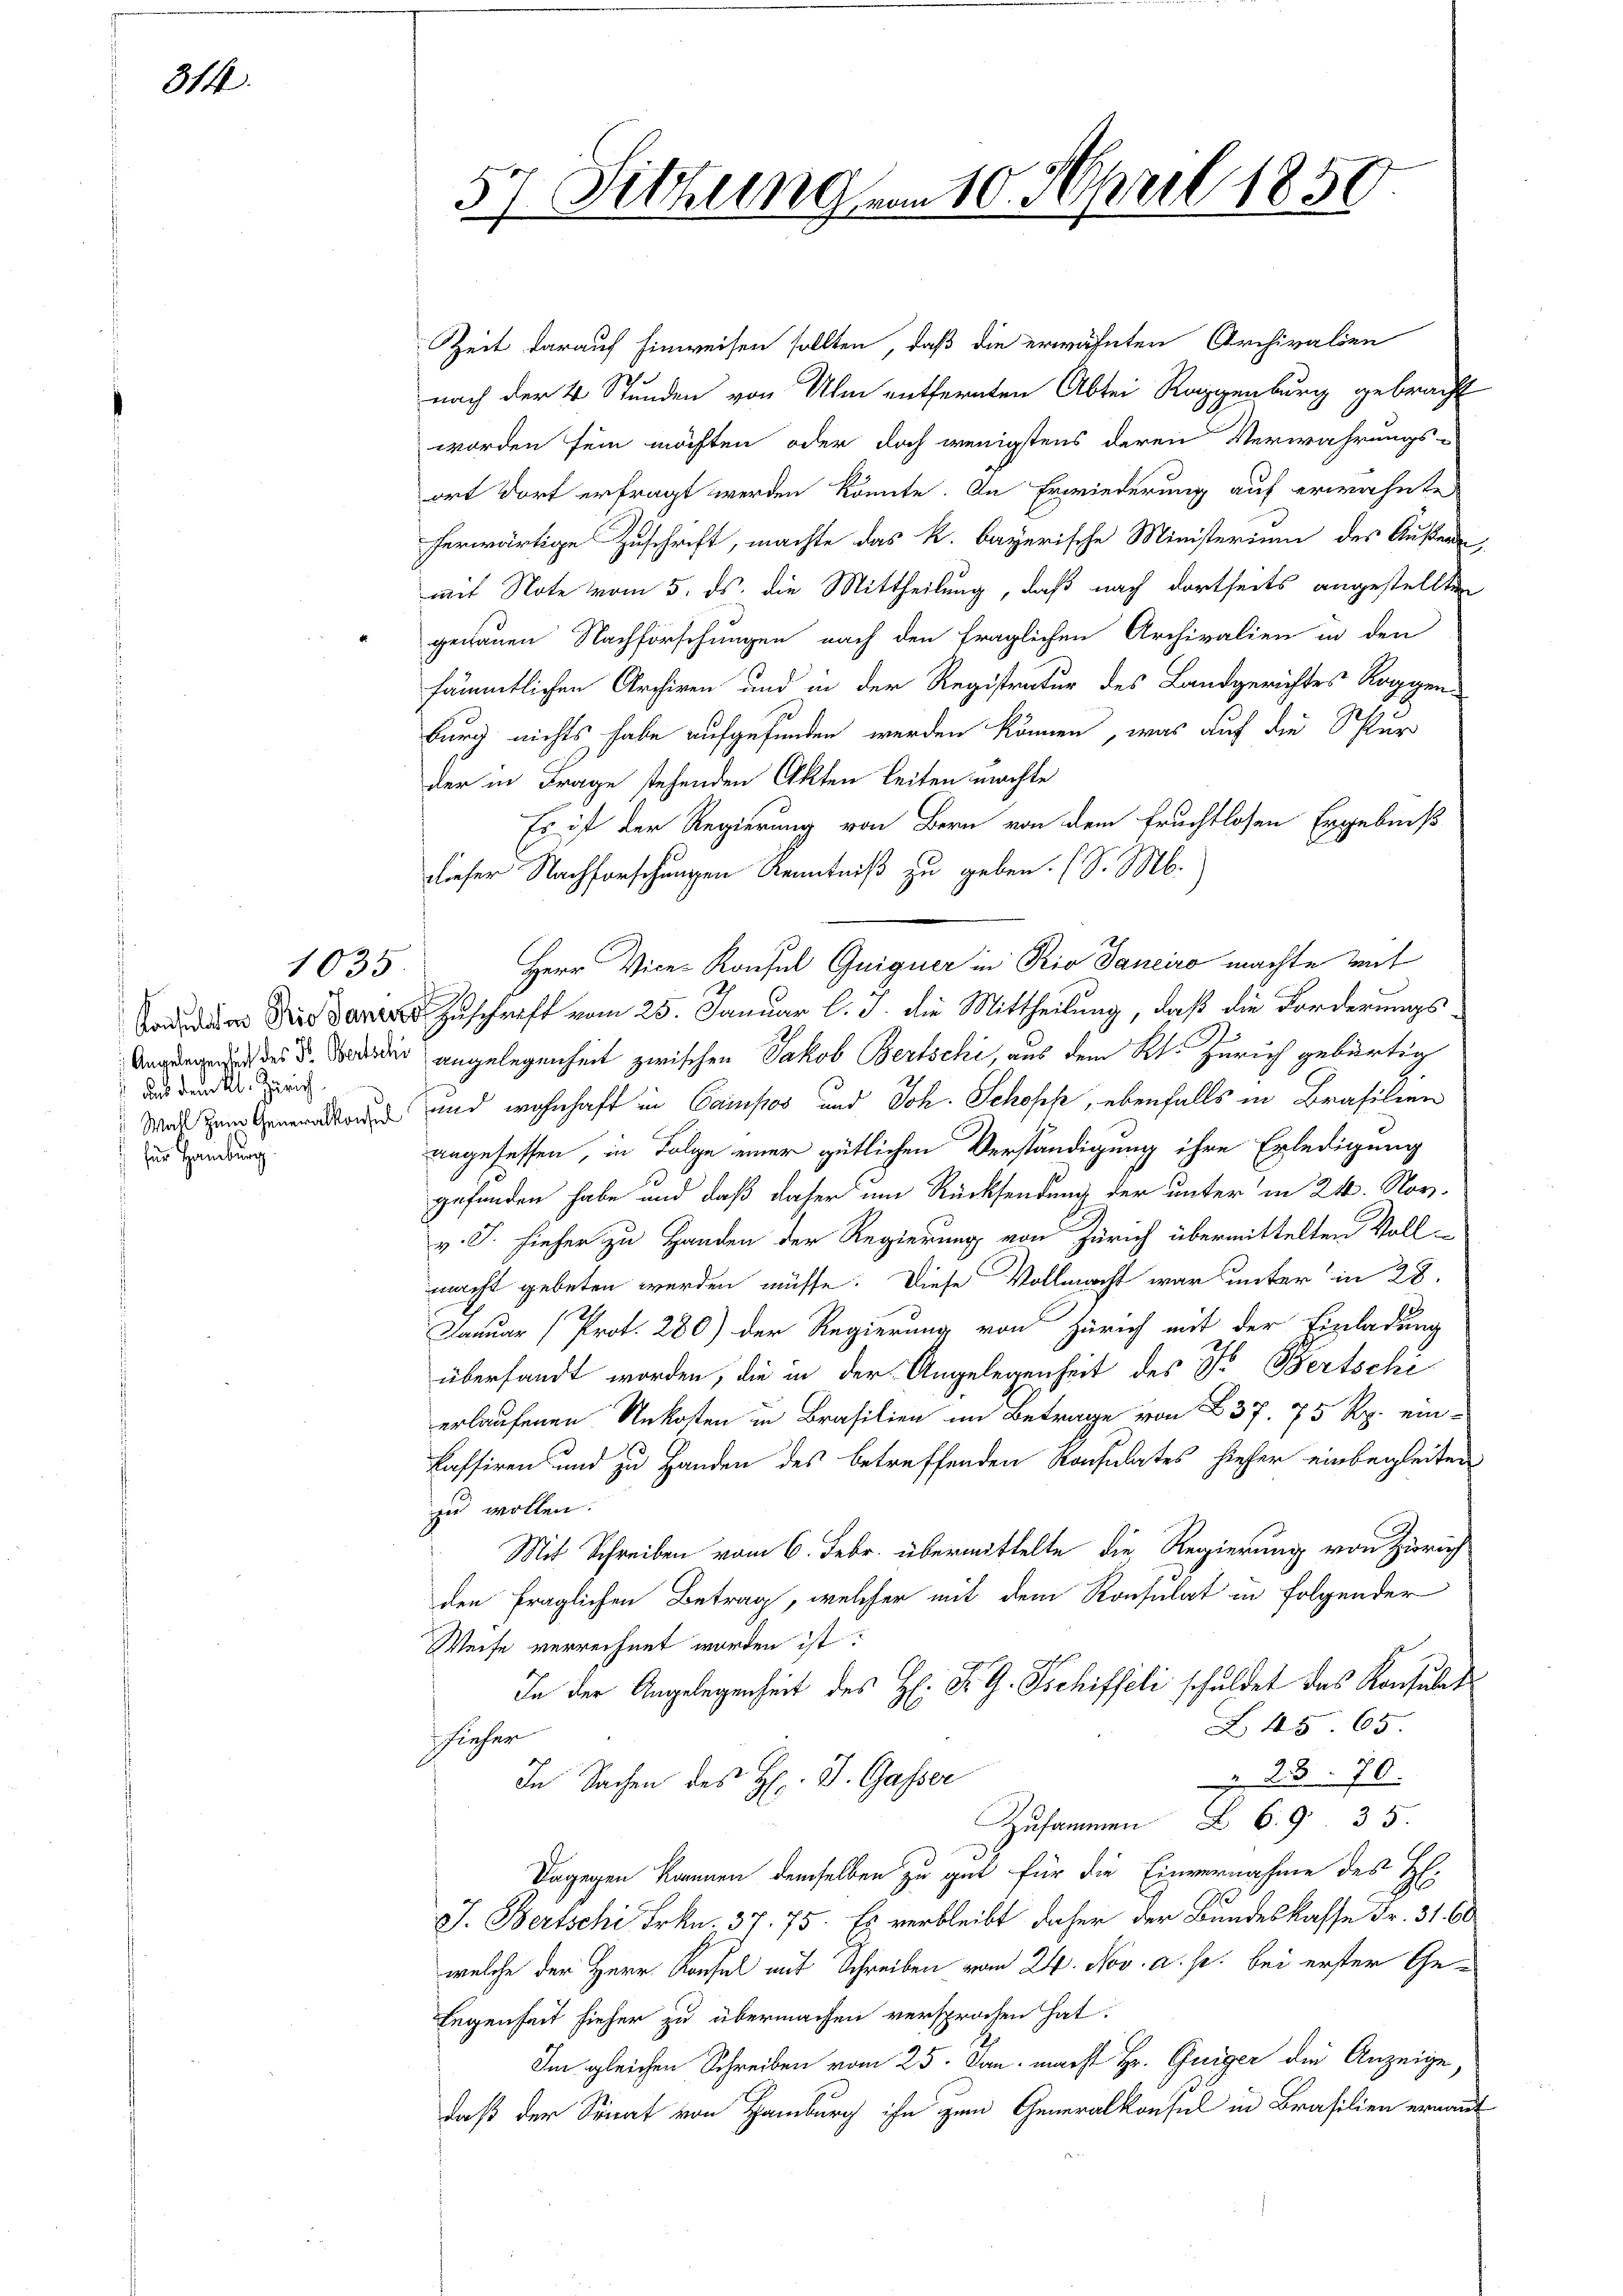
314.

uns dem Kl. Zürich
 für Hamburg.

1035.

Zeit darauf hinweisen sollten, daß die erwähnten Archivalien
nach der 4 Stunden von Ulm entfernten Abtei Rappenburg gebracht
worden sein möchten oder doch wenigstens deren Verwahrungs-
ort dort erfragt werden könnte. In Erwiederung auf erwähnte
herwärtige Zuschrift, machte das k. bayerische Ministerium des Außerde
mit Note vom 5. ds. die Mittheilung, daß nach dortseits angestellten
genauen Nachforschungen nach den fraglichen Archivalien in den
sämmtlichen Archiven und in der Registratur des Landgerichtes Roggen-
26
burg nichts habe aufgefunden werden können, was auf die Per
der in Frage stehenden Akten leiten machte
Es ist der Regierung von Bern von dem fruchtlosen Ergebniß
dieser Nachforschungen Kenntniß zu geben. (S. M.)
Herr Vice-Konsul Guiguer in Rio Janeiro machte mit
Zuschrift vom 25. Januar l. J. die Mittheilung, daß die Forderungs¬
 . Die angelegenheit zwischen Jakob Bertschi, aus dem Kt. Zürich gebürtig
 und wohnhaft in Campos und Joh. Schofk, ebenfalls in Brasilien
angesessen, in Folge einer gütlichen Verständigung ihre Erledigung
gefunden habe und daß daher um Rücksendung der unter in 24. Nov.
v. J. hieher zu Handen der Regierung von Zürich übermittelten Voll-
macht gebeten werden müsse. Diese Vollmacht war unter in 28.
Januar (Prot. 280) der Regierung von Zürich mit der Einladung
übersandt worden, die in der Angelegenheit des Fr. Bertschi
erlaufenen Rekosten in Brasilien im Betrage von 837. 75 Rp. ein-
kassiren und zu Handen des betreffenden Resultates hieher einbegleiten
zu wollen.
Mit Schreiben vom 6. Febr. übermittelte die Regierung von Zürich
den fraglichen Betrag, welcher mit dem Konsulat in folgender
Weise verrechnet worden ist:
In der Angelegenheit des H: Dr. G. Schiffeli schuldet das Konsulat
Z 45. 65.
flächer
2370.
In Sachen des Hr. J. Gasser
Zusammen 69 35.
Dagegen können demselben zu gut für die Einvernahme des H.
JJ. Bertschi Frkn. 37. 75. Es verbleibt daher der Bundeskasse Fr. 31. 60
welche der Herr Konsel mit Schreiben vom 24. Nov. a. p. bei erster Gelegenheit hieher zu übermachen versprochen hat.
Im gleichen Schreiben vom 25. Jan. macht Hr. Guiger die Anzeige,
daß der Sonnt von Hamburg ihn zum Generalkonsul in Brasilien ernannt

57 Sitzung vom 10. April 1850